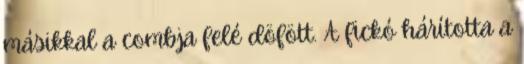
másikkal a combja felé döfött. A fickó hárította a